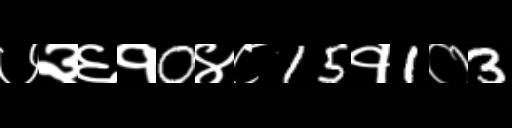
Text: ७३६१0४८15१1०3